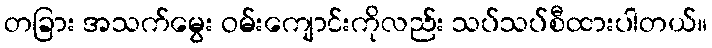
တခြား အသက်မွေး ဝမ်းကျောင်းကိုလည်း သပ်သပ်စီထားပါတယ်။